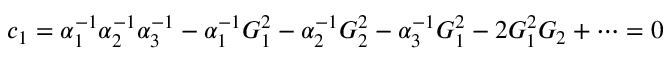
c _ { 1 } = \alpha _ { 1 } ^ { - 1 } \alpha _ { 2 } ^ { - 1 } \alpha _ { 3 } ^ { - 1 } - \alpha _ { 1 } ^ { - 1 } G _ { 1 } ^ { 2 } - \alpha _ { 2 } ^ { - 1 } G _ { 2 } ^ { 2 } - \alpha _ { 3 } ^ { - 1 } G _ { 1 } ^ { 2 } - 2 G _ { 1 } ^ { 2 } G _ { 2 } + \cdots = 0